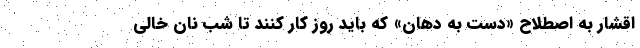
اقشار به اصطلاح «دست به دهان» که باید روز کار کنند تا شب نان خالی